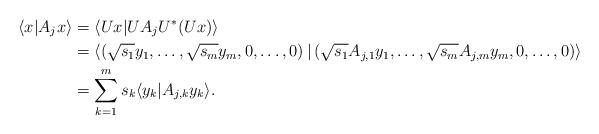
LaTeX: \begin{align*} \langle x| A_j x\rangle & = \langle Ux| UA_j U^* (Ux)\rangle\\ & = \left\langle \left(\sqrt{s_1} y_1, \dots, \sqrt{s_m} y_m, 0, \dots, 0\right)| \left(\sqrt{s_1} A_{j, 1} y_1, \dots, \sqrt{s_m} A_{j, m} y_m, 0, \dots, 0\right)\right\rangle \\ & = \sum\limits_{k=1}^m s_k \langle y_k | A_{j, k} y_k\rangle.\end{align*}